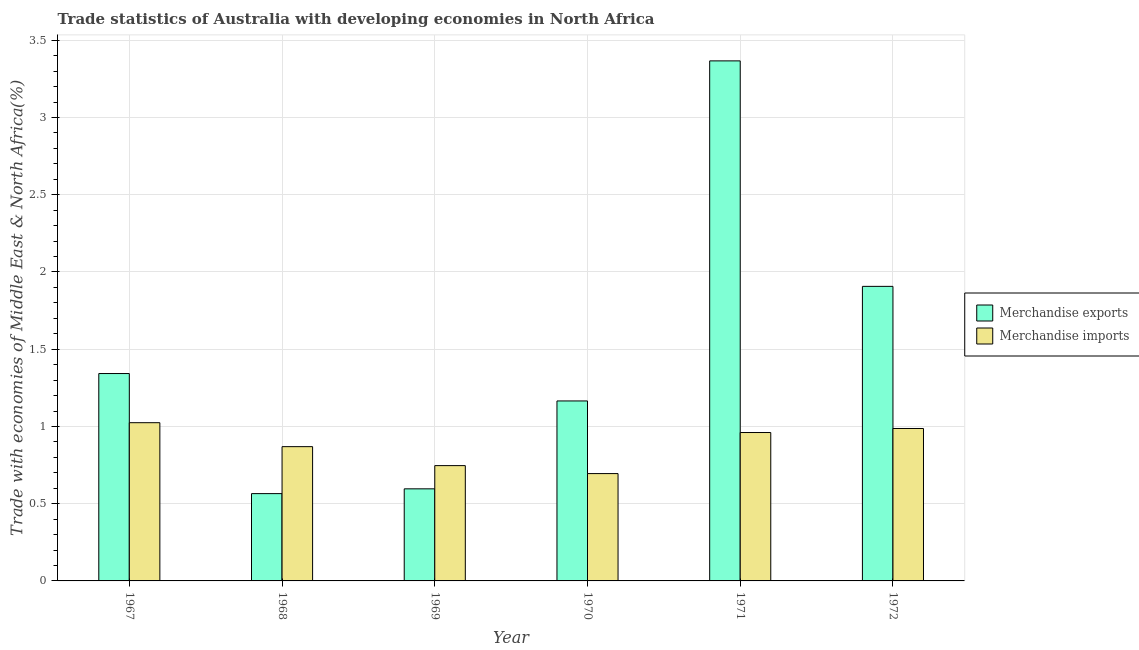
| Year | Merchandise exports | Merchandise imports |
 | --- | --- | --- |
 | 1967 | 1.34 | 1.02 |
 | 1968 | 0.565 | 0.869 |
 | 1969 | 0.596 | 0.747 |
 | 1970 | 1.17 | 0.695 |
 | 1971 | 3.37 | 0.961 |
 | 1972 | 1.91 | 0.987 |